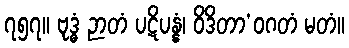
၇၅၇။ ဗုဒ္ဓံ ဉာတံ ပဋိပန္နံ၊ ဝိဒိတာ’ဝဂတံ မတံ။